koduurija_Pavel_Tisler, lk 5
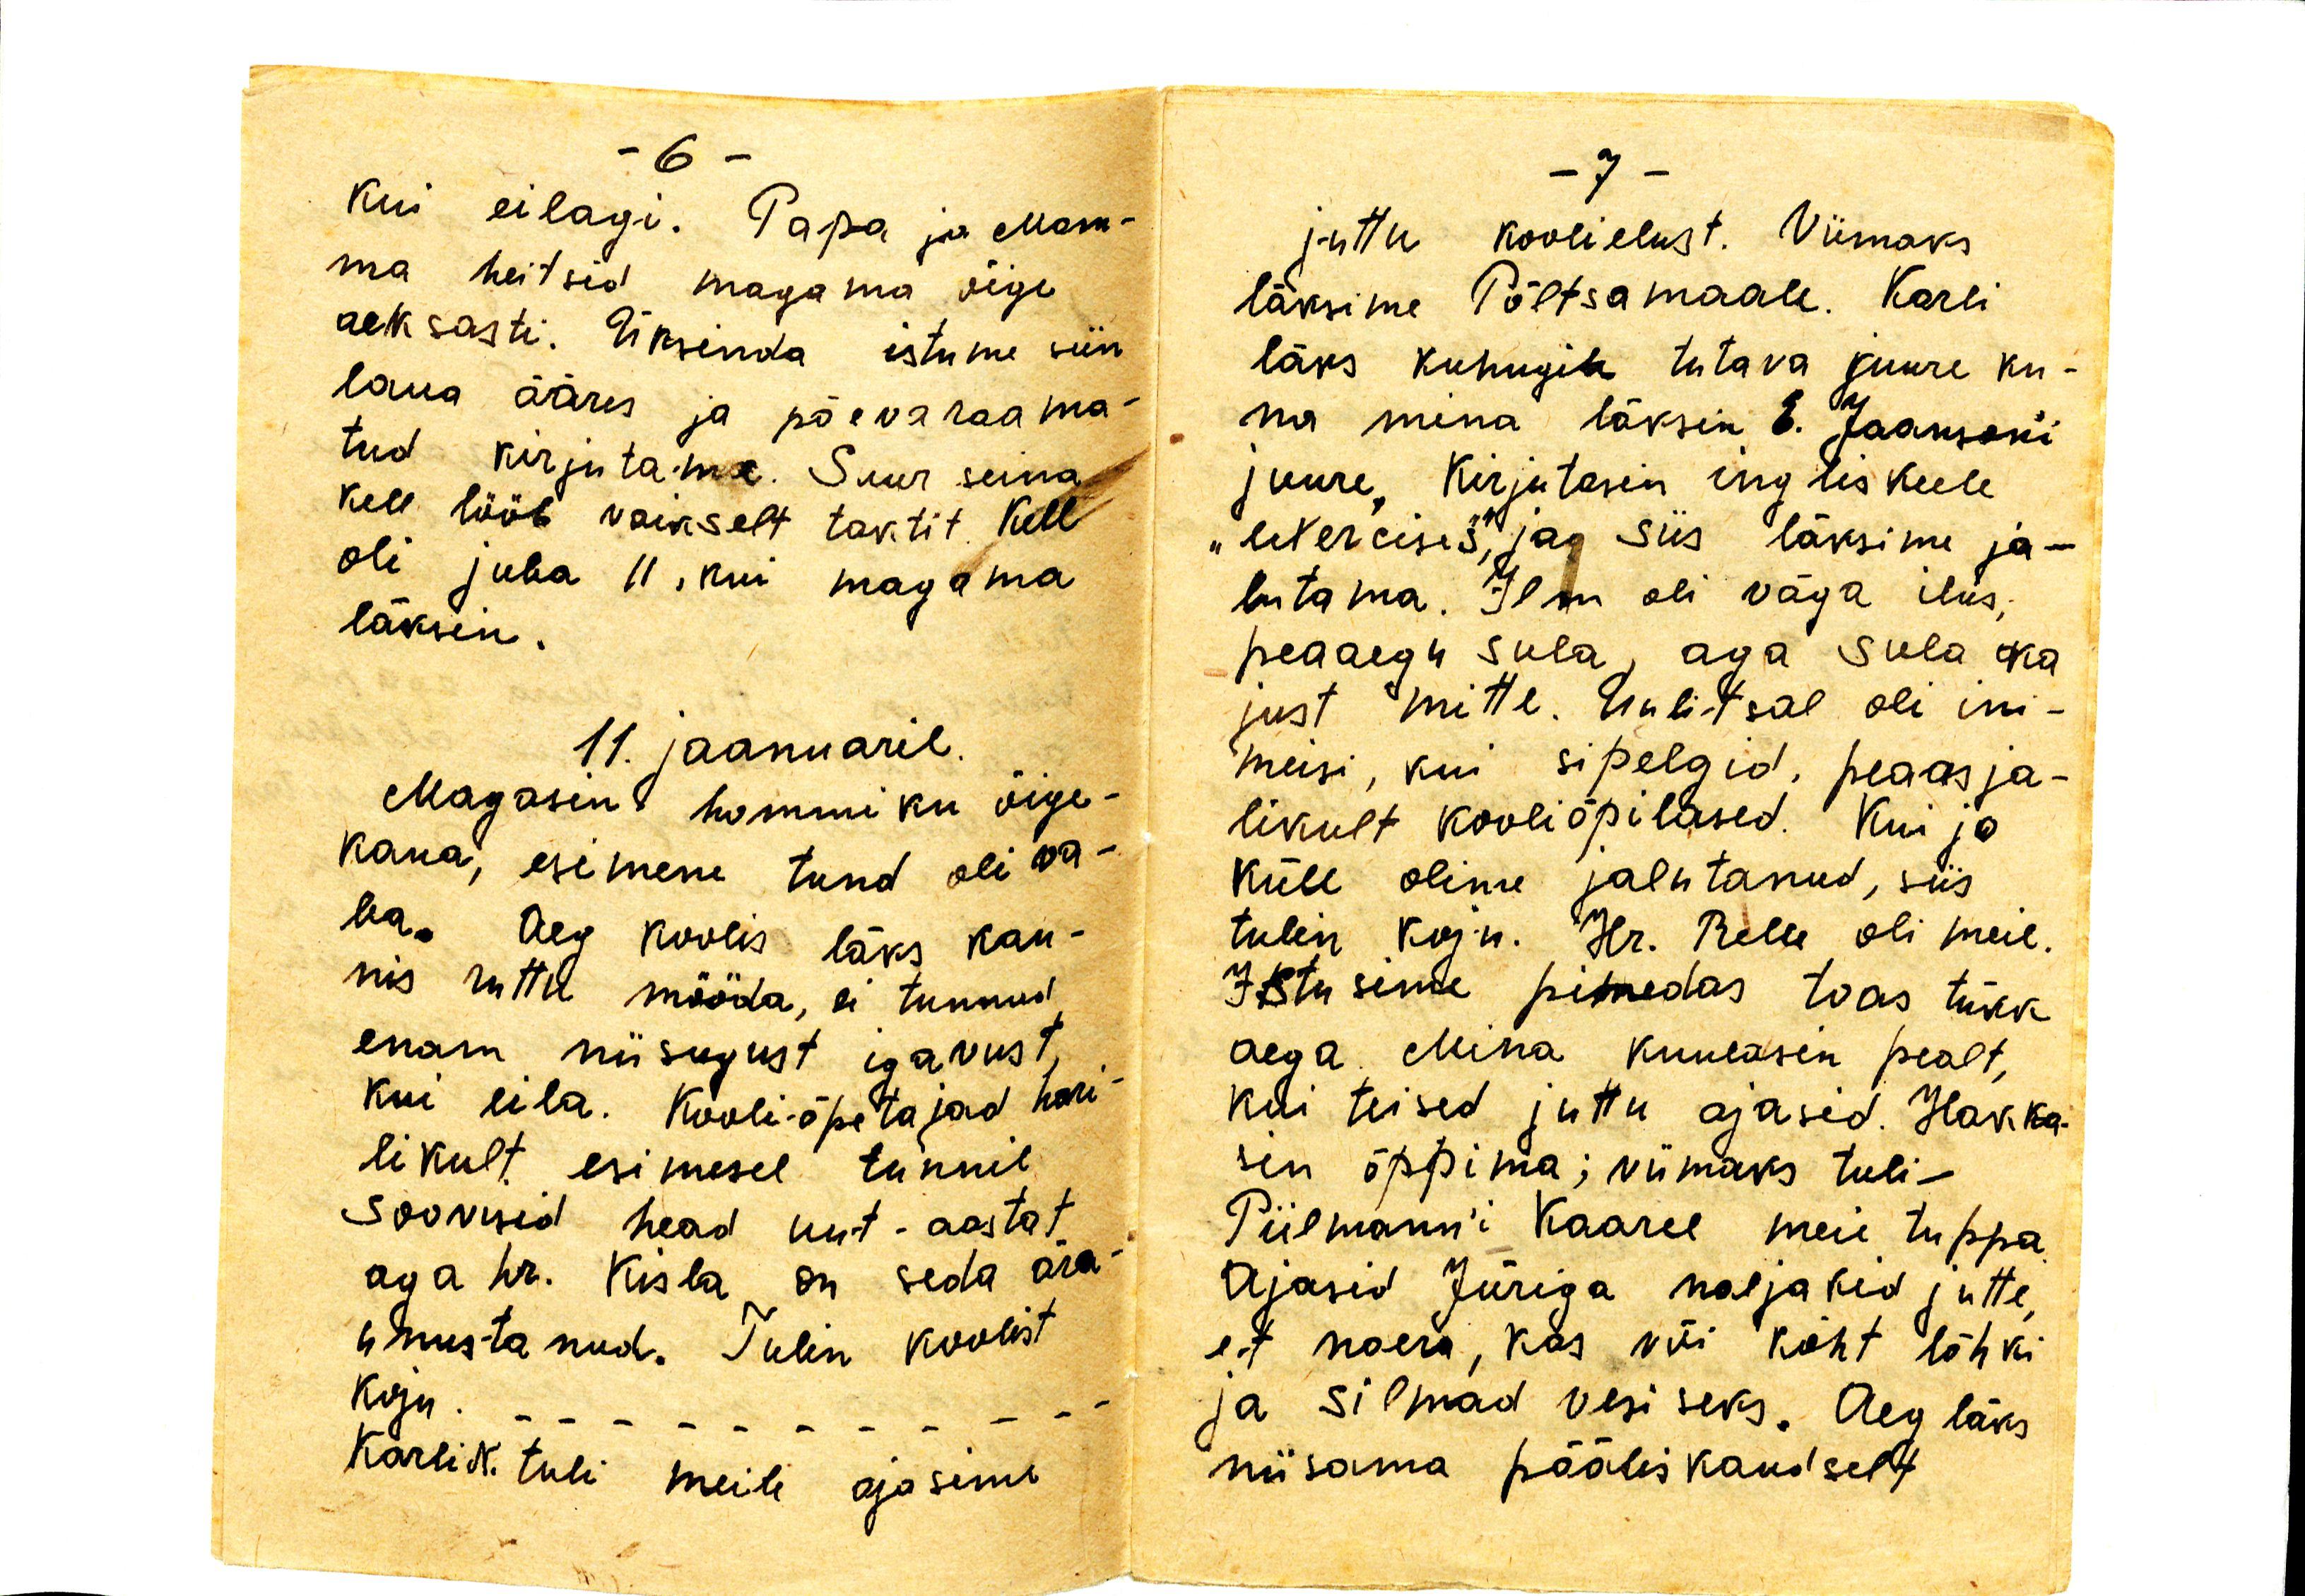
kui eilagi. Papa ja mam-
ma heitsid magama õige
aeksasti. Üksinda istume siin
laua ääres ja päevaraama-
tud kirjutame. Suur seina
kell lööb vaikselt taktit. Kell
oli juba 11, kui magama
läksin.
11. jaanuaril.
Magasin hommiku õige-
kaua, esimene tund oli va-
ba. Aeg koolis läks kau-
nis ruttu mööda, ei tunnud
enam niisugust igavust
kui eila. Kooli-õpetajad hari-
likult esimesel tunnil
soovisid head uut-aastat
aga hr. Kisla on seda ära-
unustanud. Tulin koolist
koju.
Karli N. tuli meile ajasime

juttu koolielust. Viimaks
läksime Põltsamaale. Karli
läks kuhugile tutava juure ku-
na mina läksin E. Jaansoni
juure. Kirjutasin ingliskeel
"exercises", ja siis läksime ja-
lutama. Ilm oli väga ilus,
peaaegu sula aga sula ka
just mitte. Uulitsal oli ini-
meisi, kui sipelgid, peaasja-
likult kooliõpilased. Kui jo
küll olime jalutanud, siis
tulin koju. Hr. Relle oli meil.
Istusime pimedas toas tükk
aega. Mina kuulasin pealt,
kui teised juttu ajasid. Hakka-
sin õppima; viimaks tuli
Piilmann'i Kaarel meie tuppa.
Ajasid Jüriga naljakid jutte,
et naera, kas või kõht lõhki
ja silmad vesiseks. Aeg läks
niisama pääliskaudselt